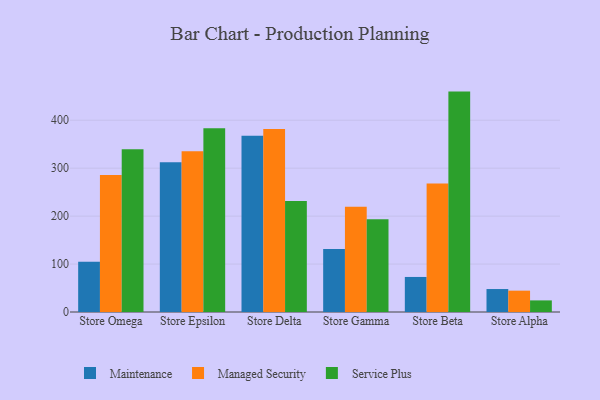
{"axis": {"x": "Store", "y": "Temperature (°C)"}, "legend": ["Maintenance", "Managed Security", "Service Plus"], "data": [{"x": "Store Omega", "y": 104.6, "type": "Maintenance"}, {"x": "Store Omega", "y": 286.0, "type": "Managed Security"}, {"x": "Store Omega", "y": 339.4, "type": "Service Plus"}, {"x": "Store Epsilon", "y": 312.6, "type": "Maintenance"}, {"x": "Store Epsilon", "y": 335.5, "type": "Managed Security"}, {"x": "Store Epsilon", "y": 383.5, "type": "Service Plus"}, {"x": "Store Delta", "y": 367.6, "type": "Maintenance"}, {"x": "Store Delta", "y": 381.6, "type": "Managed Security"}, {"x": "Store Delta", "y": 231.7, "type": "Service Plus"}, {"x": "Store Gamma", "y": 131.5, "type": "Maintenance"}, {"x": "Store Gamma", "y": 219.3, "type": "Managed Security"}, {"x": "Store Gamma", "y": 193.4, "type": "Service Plus"}, {"x": "Store Beta", "y": 73.1, "type": "Maintenance"}, {"x": "Store Beta", "y": 268.1, "type": "Managed Security"}, {"x": "Store Beta", "y": 459.7, "type": "Service Plus"}, {"x": "Store Alpha", "y": 47.9, "type": "Maintenance"}, {"x": "Store Alpha", "y": 44.5, "type": "Managed Security"}, {"x": "Store Alpha", "y": 24.2, "type": "Service Plus"}]}